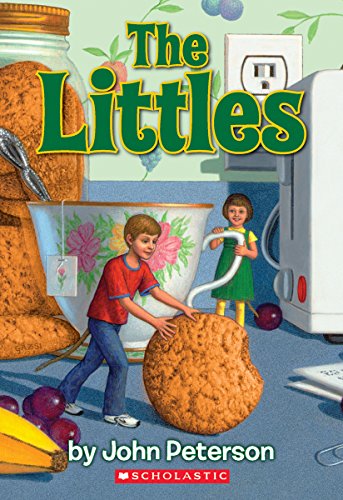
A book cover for The Littles; John Peterson; Children's Books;